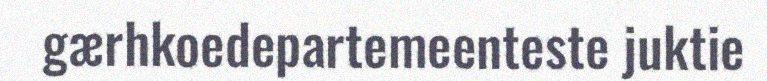
gærhkoedepartemeenteste juktie